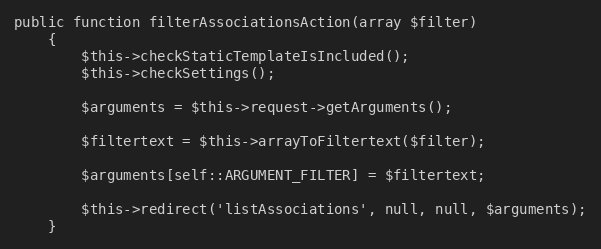
Language: PHP
public function filterAssociationsAction(array $filter)
    {
        $this->checkStaticTemplateIsIncluded();
        $this->checkSettings();

        $arguments = $this->request->getArguments();

        $filtertext = $this->arrayToFiltertext($filter);

        $arguments[self::ARGUMENT_FILTER] = $filtertext;

        $this->redirect('listAssociations', null, null, $arguments);
    }